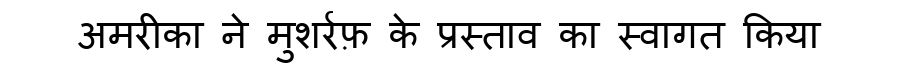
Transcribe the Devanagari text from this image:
अमरीका ने मुशर्रफ़ के प्रस्ताव का स्वागत किया